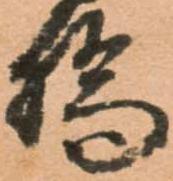
橋